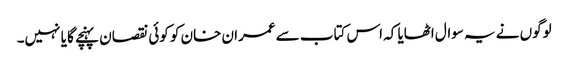
لوگوں نے یہ سوال اٹھایا کہ اس کتاب سے عمران خان کو کوئی نقصان پہنچے گا یا نہیں۔